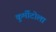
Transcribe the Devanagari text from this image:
कुर्मीटोला